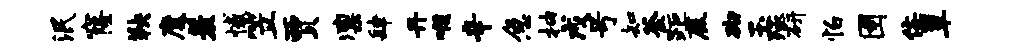
泯窿鞅魔羞憾笠贾凛肆丹喉辛急抽戌号知釜距鹿砌玉殛研怕圉佞簟